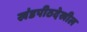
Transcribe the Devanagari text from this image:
खंडपीठदेखील